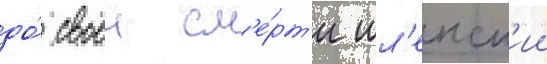
до́ своеи см'е́рт'и шл'енск'ии